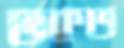
ভকত